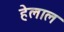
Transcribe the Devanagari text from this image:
हेलाल